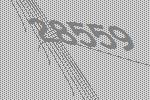
28559